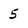
Character: 5